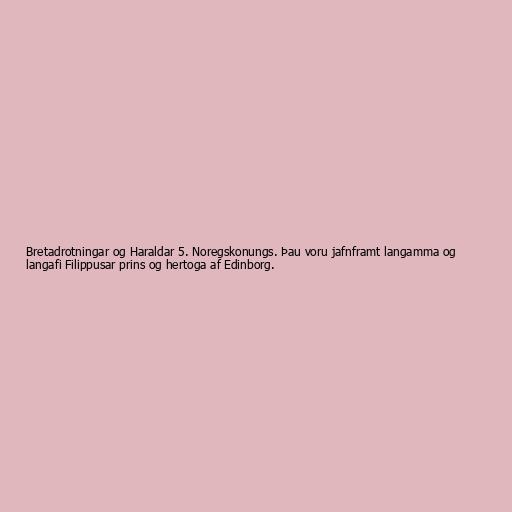
Bretadrotningar og Haraldar 5. Noregskonungs. Þau voru jafnframt langamma og
langafi Filippusar prins og hertoga af Edinborg.